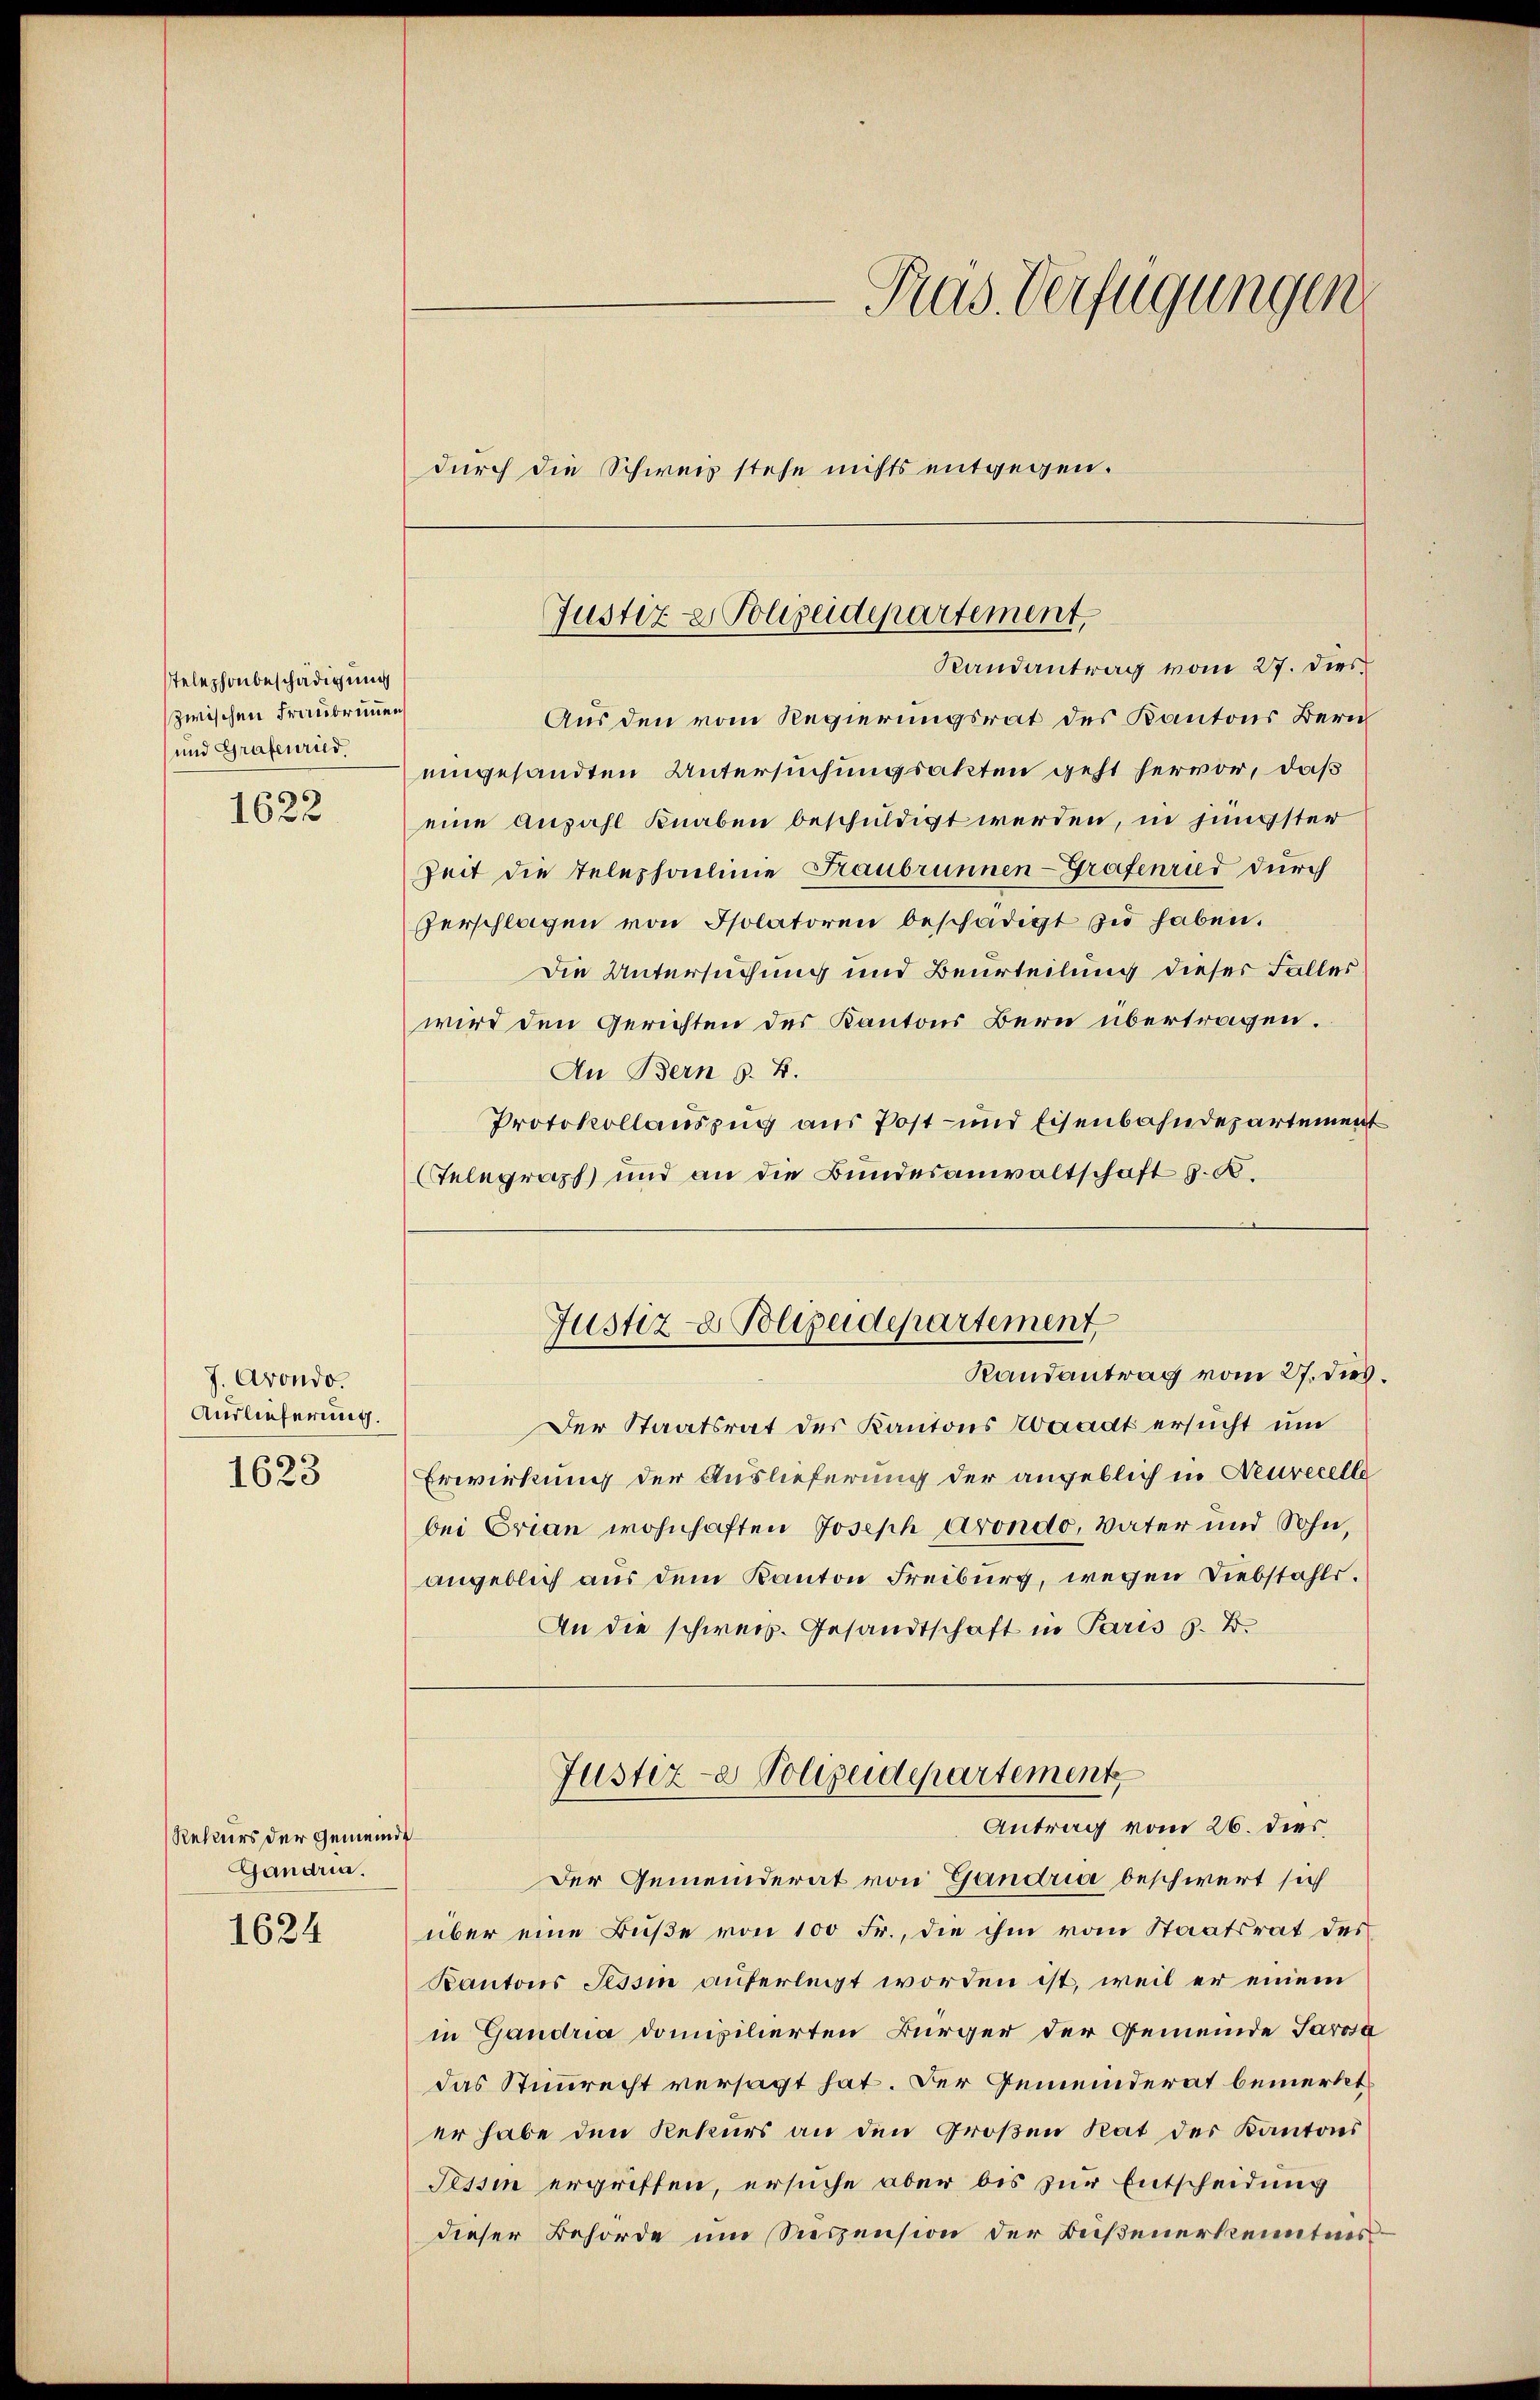
telephonbeschädigung
zwischen Franbrunnen
und Grafenried
1622

J. Avondo.
Auslieferung.
1623

Rekurs der Gemeinde
Gandria.

1624

Aus den vom Regierungsrat des Kantons Bern
eingesandten Untersuchungsakten geht hervor, daß
eine Anzahl Knaben beschuldigt werden, in jüngster
Zeit die Telephalinie Fraubrunnen-Grafenrud durch
ferschlagen von Isolatoren beschädigt zu haben.
Die Untersuchung und Beurteilung dieser Falles
wird den Gerichten des Kantons Bern übertragen.
An Bern z. B.
Protokollauszug aus Post- und Eisenbahndepartement
Telegraph und an die Bundesanwaltschaft z. B.

Pras Verfügungen
durch die Schweis stehe nichts entgegen.

Der Staatsrat des Kantons Waadt ersucht um
Erwirkung der Auslieferung der angeblich in Neurecelle
bei Erian wohnhaften Joseph Arondo, Vater und Sohn,
angeblich aus dem Kanton Freiburg, wegen Diebstahls.
An die schweiz. Gesandtschaft in Paris s. B.

Justiz- & Polizeidepartement.
Randantrag vom 27. Dies

Justiz- & Polizeidepartement
Randantrag vom 27. dies

Justiz- Polizeidepartement
Antrag vom 26. dies

Der Gemeinderat von Gandria beschwert sich
über eine Buße von 100 Fr., die ihm vom Staatsrat des
Kantons Tessin auferlegt worden ist, weil er einem
in Gandria domizilierten Bürger der Gemeinde Parosa
das Stimmrecht versagt hat. Der Gemeinderat bemerkt,
er habe den Rekurs an den Großen Rat der Kantons
Tessin ergriffen, ersuche aber bis zur Entscheidung
dieser Behörde um Seeszension der Bußenerkenntnis